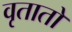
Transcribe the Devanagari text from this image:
वृतातों